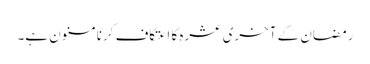
رمضان کے آخری عشرہ کا اعتکاف کرنا مسنون ہے۔